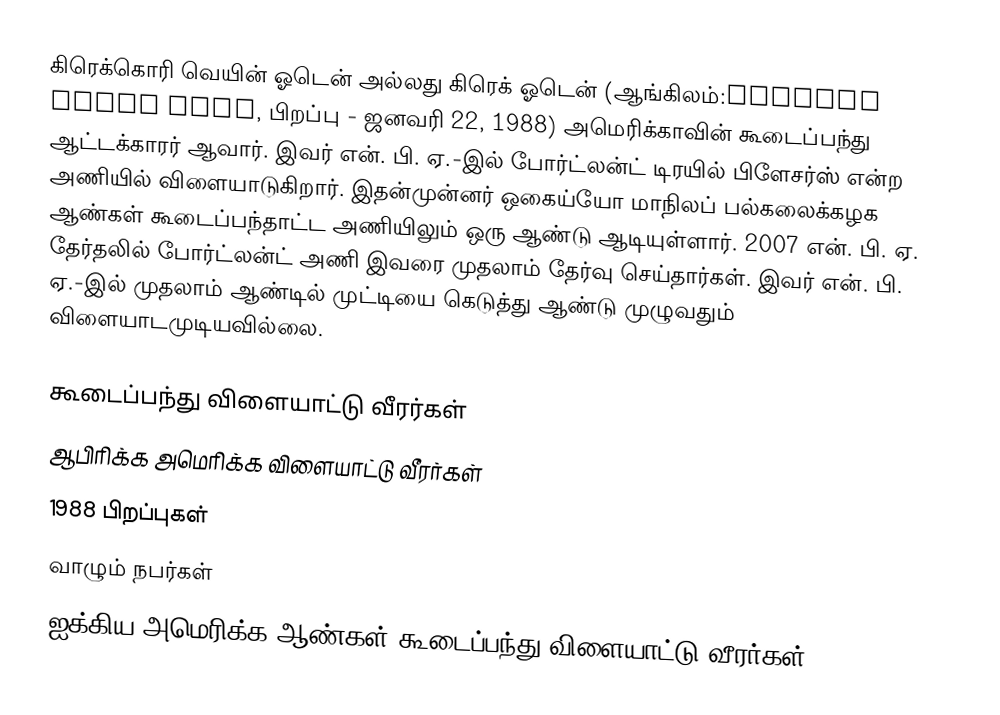
கிரெக்கொரி வெயின் ஓடென் அல்லது கிரெக் ஓடென் (ஆங்கிலம்:Gregory Wayne Oden, பிறப்பு - ஜனவரி 22, 1988) அமெரிக்காவின் கூடைப்பந்து ஆட்டக்காரர் ஆவார்.  இவர் என். பி. ஏ.-இல் போர்ட்லன்ட் டிரயில் பிளேசர்ஸ் என்ற அணியில் விளையாடுகிறார். இதன்முன்னர் ஒகைய்யோ மாநிலப் பல்கலைக்கழக ஆண்கள் கூடைப்பந்தாட்ட அணியிலும் ஒரு ஆண்டு ஆடியுள்ளார். 2007 என். பி. ஏ. தேர்தலில் போர்ட்லன்ட் அணி இவரை முதலாம் தேர்வு செய்தார்கள். இவர் என். பி. ஏ.-இல் முதலாம் ஆண்டில் முட்டியை கெடுத்து ஆண்டு முழுவதும் விளையாடமுடியவில்லை.

கூடைப்பந்து விளையாட்டு வீரர்கள்
ஆபிரிக்க அமெரிக்க விளையாட்டு வீரர்கள்
1988 பிறப்புகள்
வாழும் நபர்கள்
ஐக்கிய அமெரிக்க ஆண்கள் கூடைப்பந்து விளையாட்டு வீரர்கள்